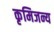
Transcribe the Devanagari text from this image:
कृमिजन्य